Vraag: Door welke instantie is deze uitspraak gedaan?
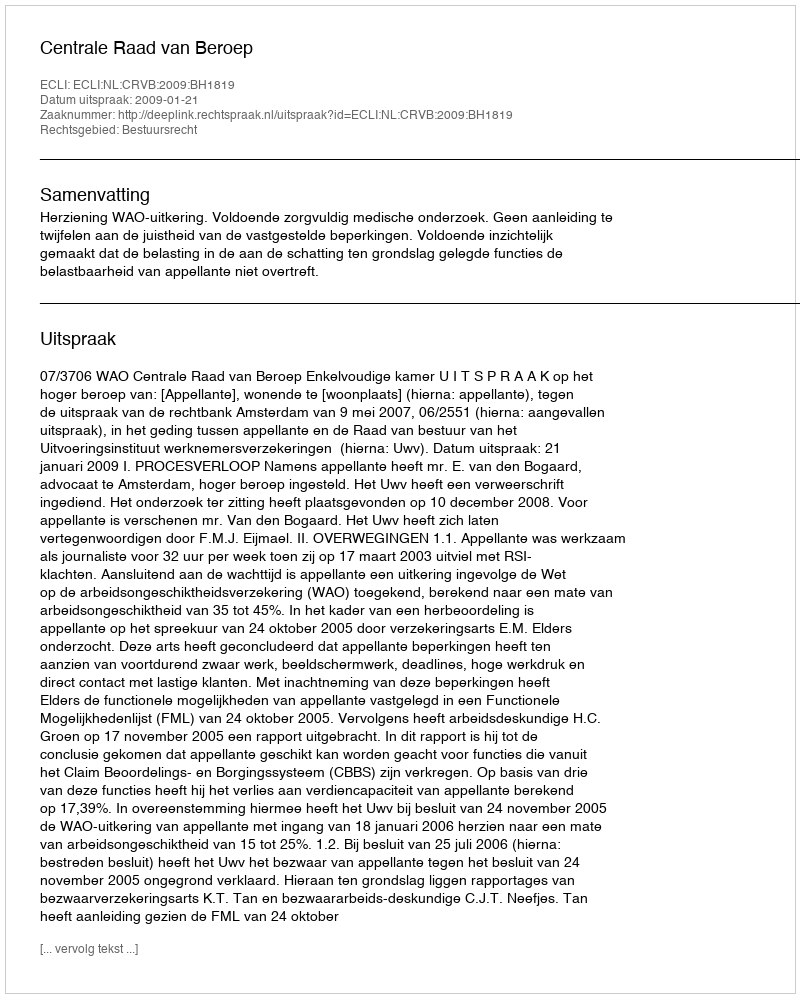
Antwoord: Centrale Raad van Beroep